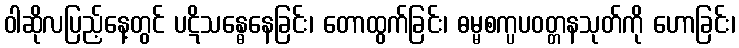
ဝါဆိုလပြည့်နေ့တွင် ပဋိသန္ဓေနေခြင်း၊ တောထွက်ခြင်း၊ ဓမ္မစက္ပပဝတ္တနသုတ်ကို ဟောခြင်း၊